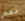
نعم